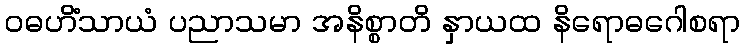
ဝဓဟိံသာယံ ပညာသမာ အနိစ္စာတိ နှာယထ နိရောဓဂေါစရာ